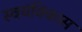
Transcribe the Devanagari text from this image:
स्वयंविकास